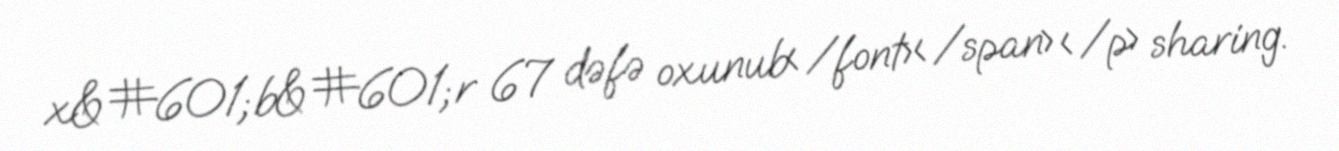
x&#601;b&#601;r 67 dəfə oxunub</font></span> </p> sharing.